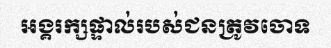
អង្គរក្សផ្ទាល់របស់ជនត្រូវចោទ